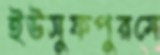
ইউসুফপুরমে